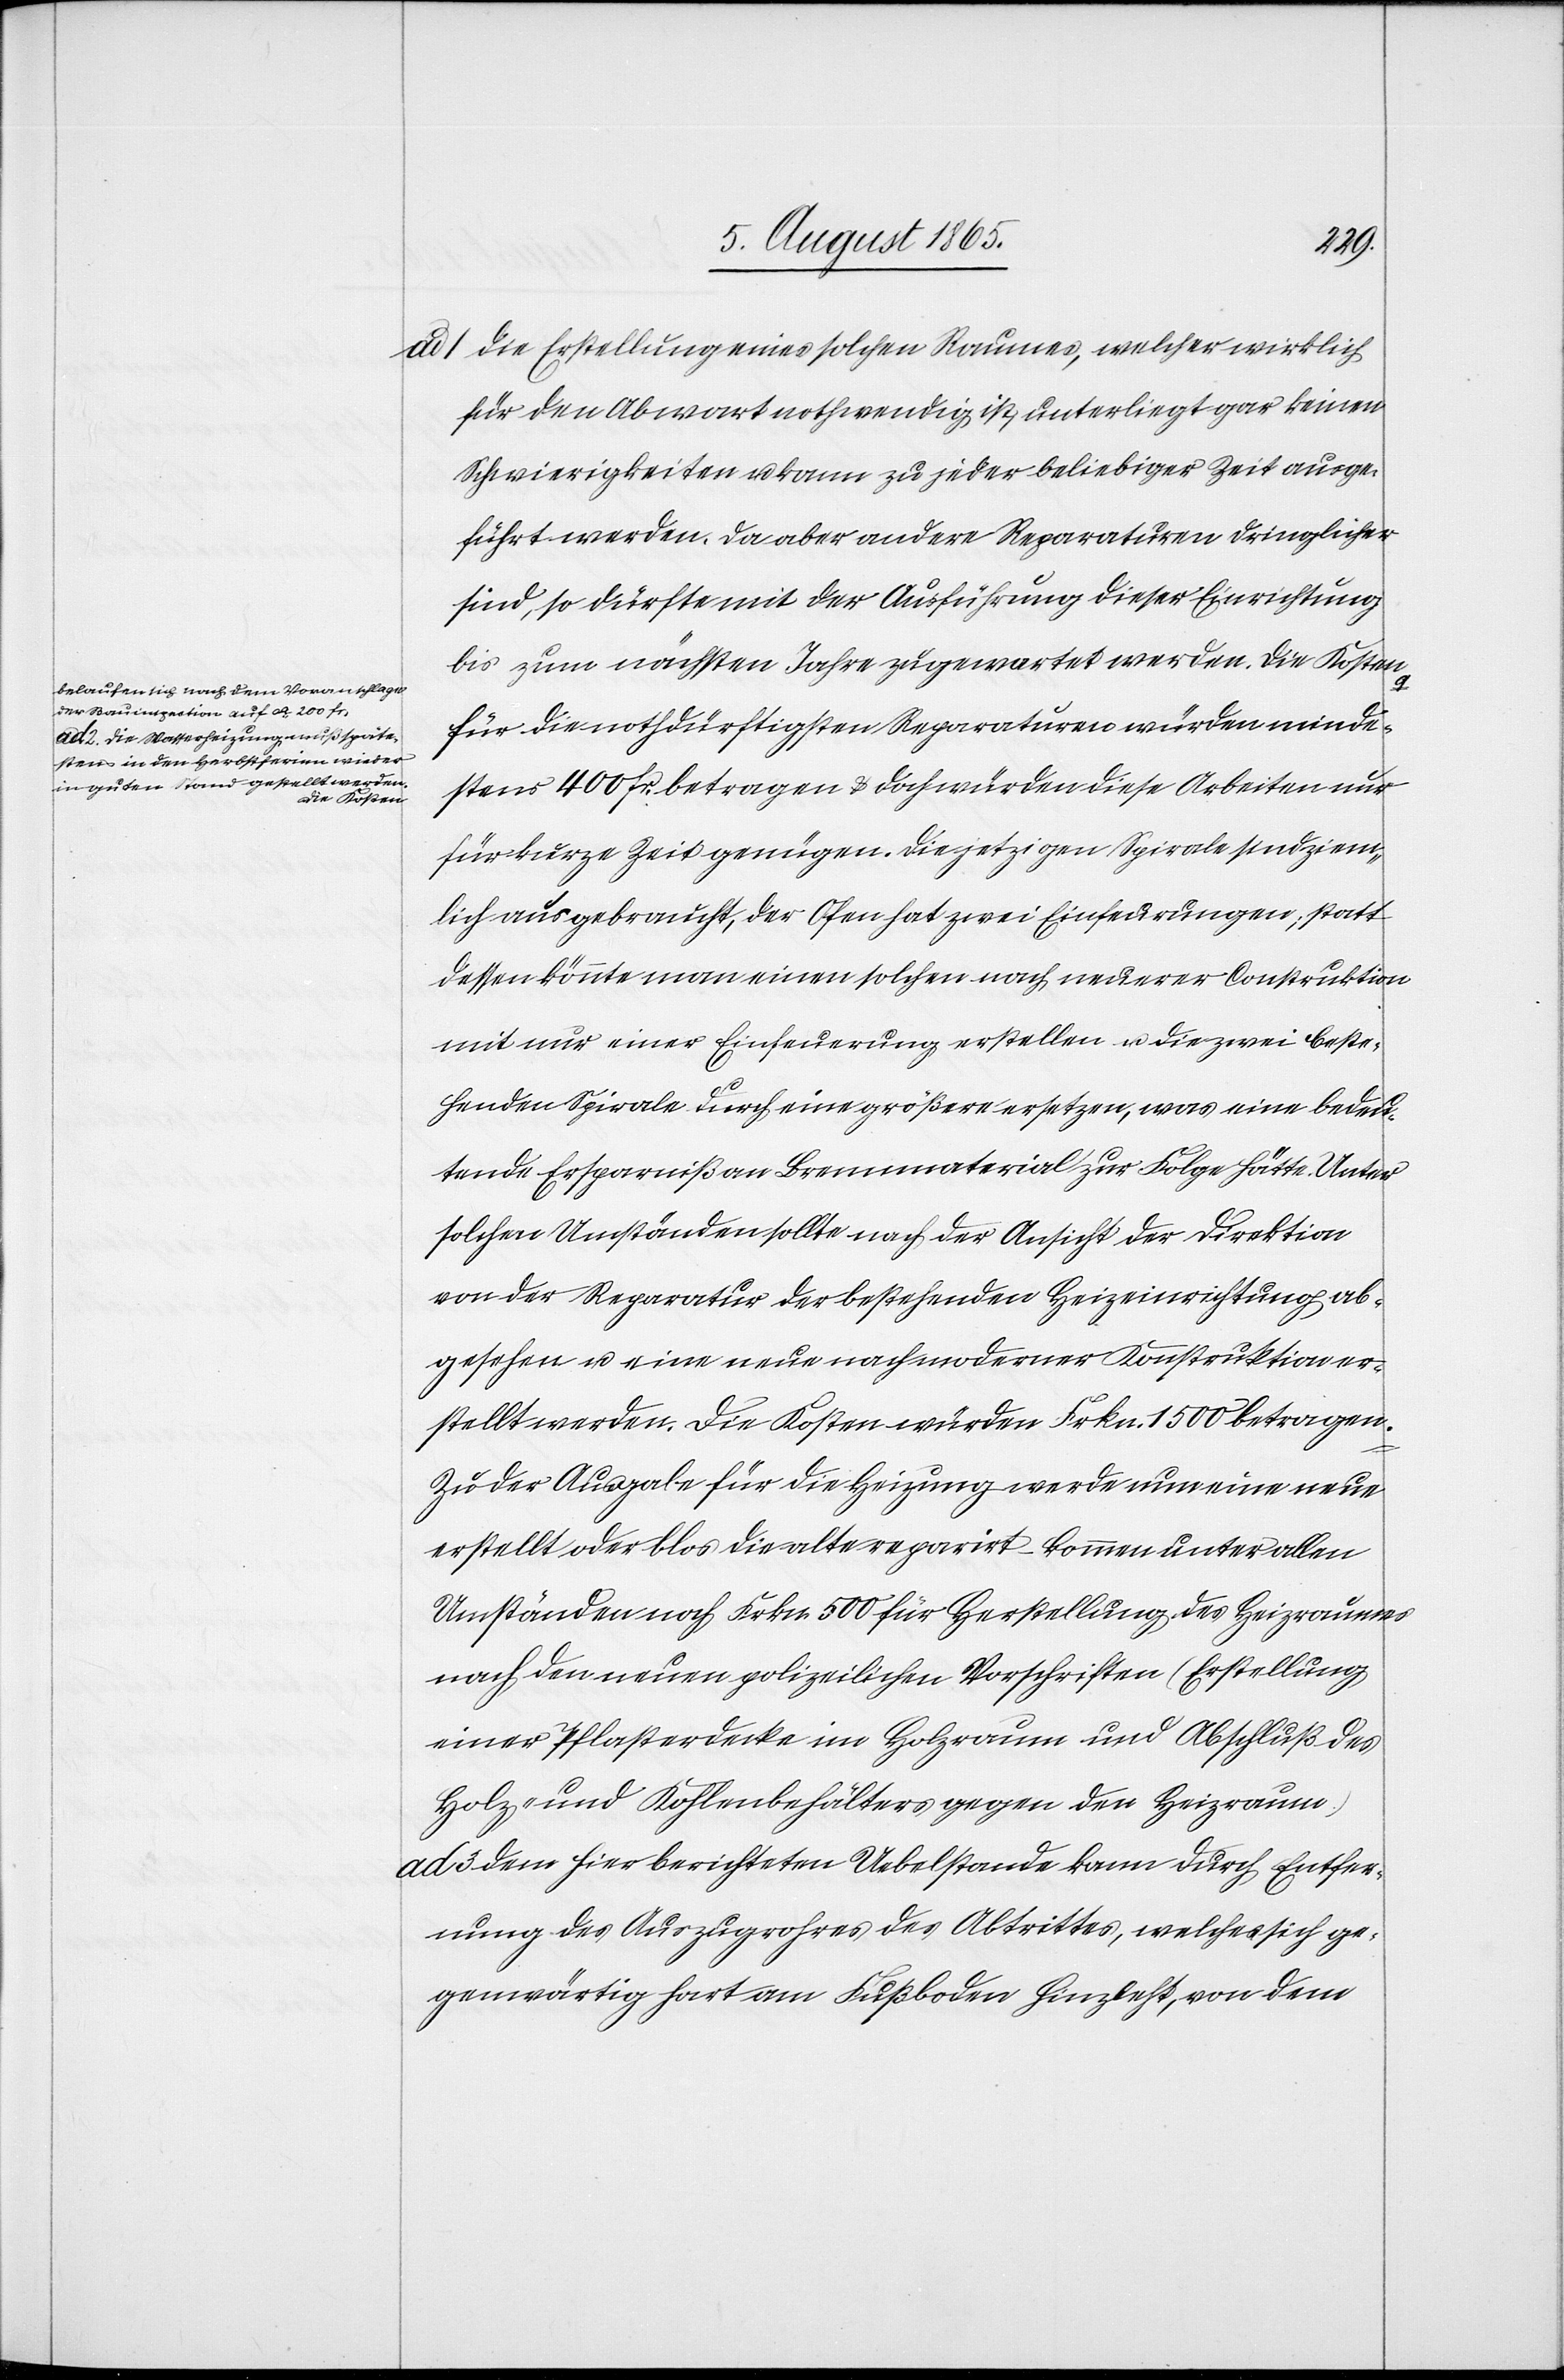
a-belaufen sich nach dem Voranschlage
der Bauinspection auf ca 200 fr.
ad 2. Die Wasserheizung muß späte¬
stens in den Herbstferien wieder
in guten Stand gestellt werden.
Die Kosten-a

ad
1. Die Erstellung eines solchen Raumes, welcher wirklich
für den Abwart nothwendig ist, unterliegt gar keinen
Schwierigkeiten u. kann zu jeder beliebiger Zeit ausge¬
führt werden. Da aber andere Reparaturen dringlicher
sind, so dürfte mit der Ausführung dieser Einrichtung
bis zum nächsten Jahre zugewartet werden. Die Kosten
für die nothdürftigsten Reparaturen würden minde¬
stens 400 fr. betragen u. doch würden diese Arbeiten nur
für kurze Zeit genügen. Die jetzigen Spirale sind ziem¬
lich ausgebraucht, der Ofen hat zwei Einfeurungen; statt
dessen könnte man einen solchen nach neuerer Construktion
mit nur einer Einfeuerung erstellen u. die zwei beste¬
henden Spirale durch eine größere ersetzen, was eine bedeu¬
tende Ersparniß an Brennmaterial zur Folge hätte. Unter
solchen Umständen sollte nach der Ansicht der Direktion
von der Reparatur der bestehenden Heizeinrichtung ab¬
gesehen u. eine neue nach moderner Konstruktion er¬
stellt werden. Die Kosten würden Frkn. 1500 betragen.
Zu der Ausgabe für die Heizung werde nun eine neue
erstellt oder blos die alte reparirt kommen unter allen
Umständen noch Frkn. 500 für Herstellung des Heizraumes
nach den neuen polizeilichen Vorschriften (Erstellung
einer Pflasterdecke im Holzraum und Abschluß des
Holz- und Kohlenbehälters gegen den Heizraum).
ad 3. Dem hier berichteten Uebelstande kann durch Entfer¬
nung des Auszugrohres des Abtrittes, welches sich ge¬
genwärtig hart am Fußboden hinzieht, von dem